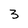
Character: 3